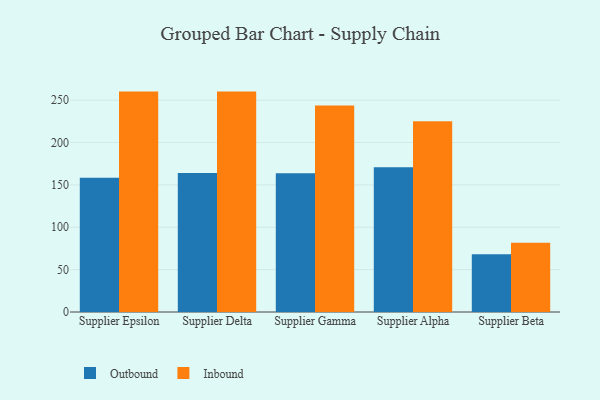
{"axis": {"x": "Supplier", "y": "Population (Million)"}, "legend": ["Inbound", "Outbound"], "data": [{"x": "Supplier Epsilon", "y": 158.3, "type": "Outbound"}, {"x": "Supplier Epsilon", "y": 260.1, "type": "Inbound"}, {"x": "Supplier Delta", "y": 164.1, "type": "Outbound"}, {"x": "Supplier Delta", "y": 260.1, "type": "Inbound"}, {"x": "Supplier Gamma", "y": 163.7, "type": "Outbound"}, {"x": "Supplier Gamma", "y": 243.7, "type": "Inbound"}, {"x": "Supplier Alpha", "y": 170.9, "type": "Outbound"}, {"x": "Supplier Alpha", "y": 225.2, "type": "Inbound"}, {"x": "Supplier Beta", "y": 68.1, "type": "Outbound"}, {"x": "Supplier Beta", "y": 81.7, "type": "Inbound"}]}